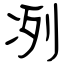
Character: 冽